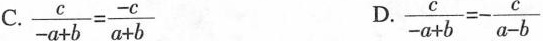
C.$$\frac { c } { - a + b } = \frac { - c } { a + b }$$ D.$$\frac { c } { - a + b } = -